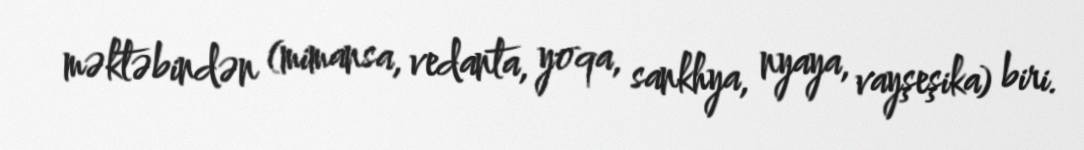
məktəbindən (mimansa, vedanta, yoqa, sankhya, nyaya, vayşeşika) biri.